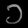
Digit: ၁